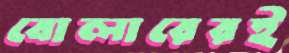
বোলারেরই